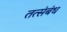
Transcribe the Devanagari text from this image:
तत्संबंध